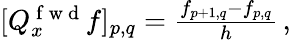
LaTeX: \begin{array}{r}{[Q_{x}^{\mathrm{~f~w~d~}}f]_{p,q}=\frac{f_{p+1,q}-f_{p,q}}{h}\, ,}\end{array}